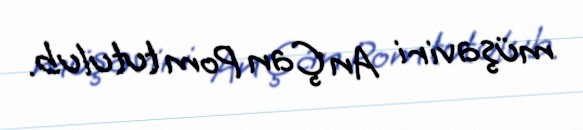
müşaviri An Çan Pom tutulub.